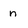
Character: n